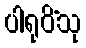
ပါရုပိံသု